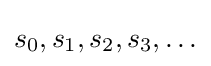
s_{0},s_{1},s_{2},s_{3},\ldots